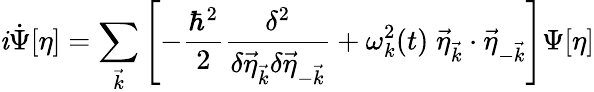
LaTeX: \mathit{i}\dot{{\Psi}}[\eta]=\sum_{\vec{{k}}}\left[-\frac{{\hbar^{2}}}{{2}}\frac{{\delta^{2}}}{{\delta\vec{{\eta}}_{\vec{{k}}}\delta\vec{{\eta}}_{-\vec{{k}}}}}+\omega_{k}^{2}(t)\; \vec{{\eta}}_{\vec{{k}}}\cdot\vec{{\eta}}_{-\vec{{k}}}\right]\Psi[\eta]